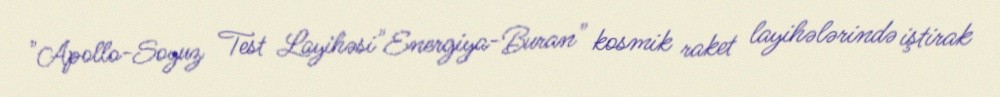
"Apollo-Soyuz Test Layihəsi"Energiya-Buran" kosmik raket layihələrində iştirak